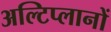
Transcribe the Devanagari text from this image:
अल्टिप्लानों